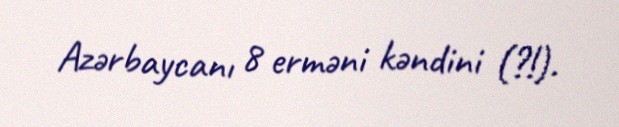
Azərbaycanı 8 erməni kəndini (?!).